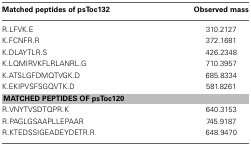
| Matched peptides of psToc132 | Observed mass |
 | --- | --- |
 | R.LFVK.E | 310.2127 |
 | K.FCNFR.R | 372.1681 |
 | K.DLAYTLR.S | 426.2348 |
 | K.LQMIRVKFLRLANRL.G | 710.3957 |
 | K.ATSLGFDMQTVGK.D | 685.8334 |
 | K.EKIPVSFSGQVTK.D | 581.8261 |
 | <COLSPAN=2> MATCHED PEPTIDES OF psToc120 |
 | R.VNYTVSDTQPR.K | 640.3153 |
 | R.PAGLGSAAPLLEPAAR | 745.9187 |
 | R.KTEDSSIGEADEYDETR.R | 648.9470 |